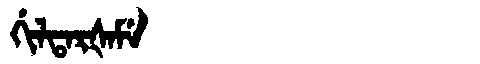
Manchu: ᡤᡳᠯᡨᠠᡵᡧᠠᠮᡝ
Romanization: GILTARŠAME